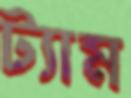
ট্যাম